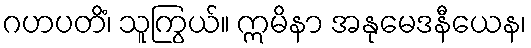
ဂဟပတိံ၊ သူကြွယ်။ ဣမိနာ အနုမေဒနီယေန၊